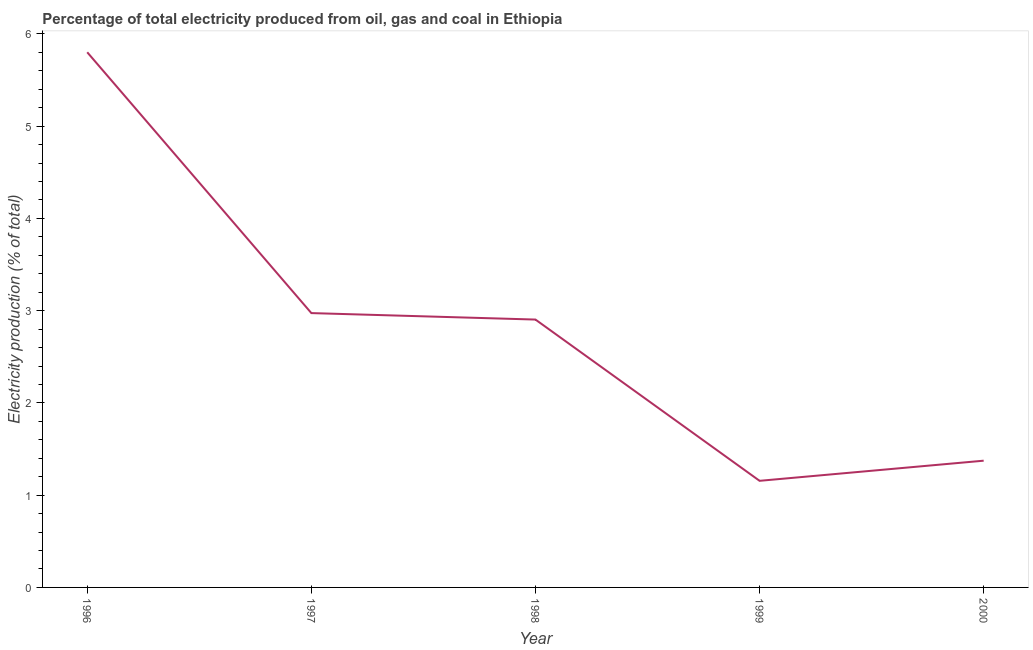
| Year | Electricity production |
 | --- | --- |
 | 1996 | 5.8 |
 | 1997 | 2.97 |
 | 1998 | 2.9 |
 | 1999 | 1.16 |
 | 2000 | 1.37 |